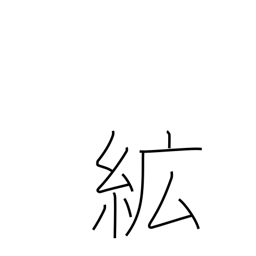
Meaning: cotton wadding